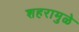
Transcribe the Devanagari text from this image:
शहरामुळे